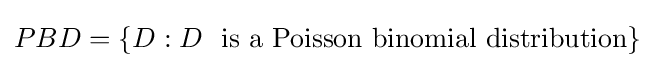
\textstyle PBD=\{D:D~{\text{ is a Poisson binomial distribution}}\}